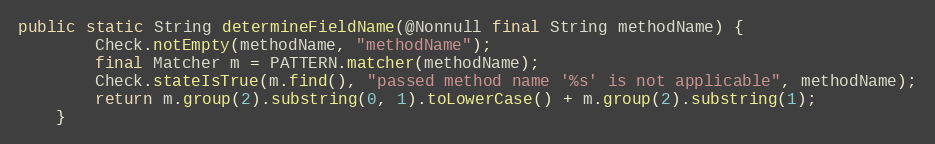
Language: Java
public static String determineFieldName(@Nonnull final String methodName) {
		Check.notEmpty(methodName, "methodName");
		final Matcher m = PATTERN.matcher(methodName);
		Check.stateIsTrue(m.find(), "passed method name '%s' is not applicable", methodName);
		return m.group(2).substring(0, 1).toLowerCase() + m.group(2).substring(1);
	}